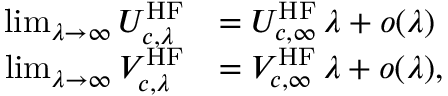
\begin{array} { r l } { \operatorname* { l i m } _ { \lambda \to \infty } U _ { c , \lambda } ^ { \mathrm { H F } } } & { = U _ { c , \infty } ^ { \mathrm { H F } } \, \lambda + o ( \lambda ) } \\ { \operatorname* { l i m } _ { \lambda \to \infty } V _ { c , \lambda } ^ { \mathrm { H F } } } & { = V _ { c , \infty } ^ { \mathrm { H F } } \, \lambda + o ( \lambda ) , } \end{array}